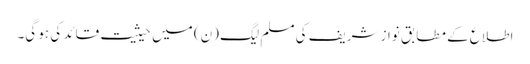
اطلاع کے مطابق نواز شریف کی مسلم لیگ (ن) میں حیثیت قائد کی ہو گی۔